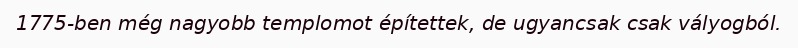
1775-ben még nagyobb templomot építettek, de ugyancsak csak vályogból.